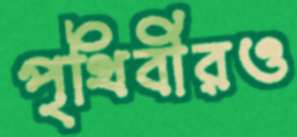
পৃথিবীরও